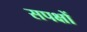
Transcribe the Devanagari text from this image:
सपक्षों